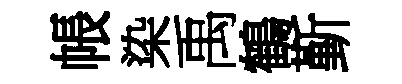
帳染禹鶴斳